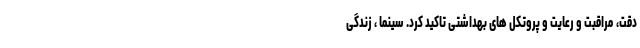
دقت، مراقبت و رعایت و پروتکل های بهداشتی تاکید کرد. سینما ، زندگی